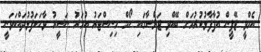
އެމްވީ ޖޭޕީން އުފާފާޅުކުރުމަށް ބޭއްވި ޖަލްސާގައި ހޯމް މިނިސްޓަރު އުމަރު ނަސީރު ވާހަކަފުޅުދައްކަވަނީ